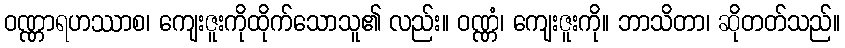
ဝဏ္ဏာရဟဿာစ၊ ကျေးဇူးကိုထိုက်သောသူ၏ လည်း။ ဝဏ္ဏံ၊ ကျေးဇူးကို။ ဘာသိတာ၊ ဆိုတတ်သည်။